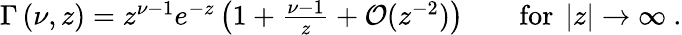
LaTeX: \begin{array}{r}{\Gamma\left(\nu,z\right)=z^{\nu-1}e^{-z}\left(1+\frac{\nu-1}{z}+\mathcal{O}(z^{-2})\right)\qquad\mathrm{for}\ \left|z\right|\to\infty\ .}\end{array}